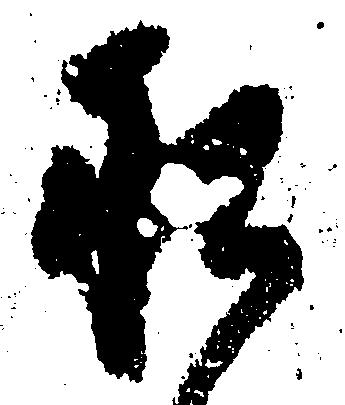
承